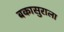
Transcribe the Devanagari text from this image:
बकासुराला